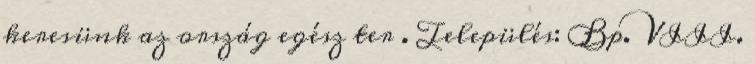
keresünk az ország egész ter . Település: Bp. VIII.